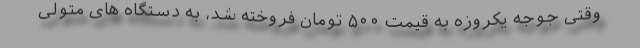
وقتی جوجه یکروزه به قیمت ۵۰۰ تومان فروخته شد، به دستگاه های متولی